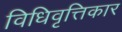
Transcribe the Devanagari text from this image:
विधिवृत्तिकार